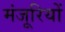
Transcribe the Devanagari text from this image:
मंजूरियों